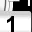
Digit: 1